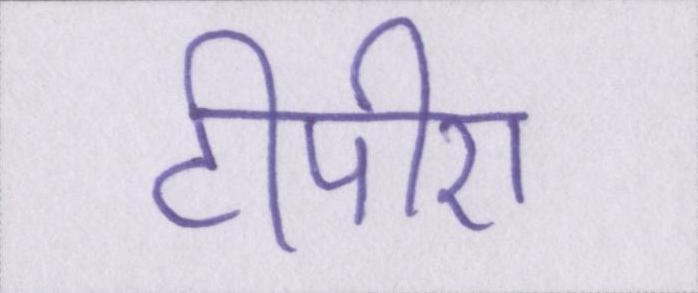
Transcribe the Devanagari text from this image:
टीपीए